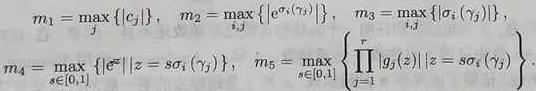
\[
\begin{align*}
m_1&=\max_j\{|c_j|\}, \quad m_2=\max_{s,j}\{|\sigma_{s}(\gamma_j)|\}, \quad m_3=\max_{s,j}\{|\sigma_i(\gamma_j)|\},\\
m_4&=\max_{s\in\{0,1\}}\{|\sigma^s||z = s\sigma_i(\gamma_j)\}\}, \quad m_5=\max_{s\in\{0,1\}}\left\{\prod_{j = 1}^r|g_j(z)||z = s\sigma_i(\gamma_j)\right\}.
\end{align*}
\]